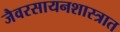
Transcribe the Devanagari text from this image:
जैवरसायनशास्त्रात